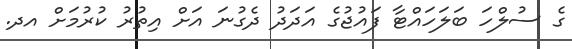
ގެ ސުލްހަ ބަލަހައްޓާ ފައުޖުގެ އަދަދު ދެގުނަ އަށް އިތުރު ކުރުމަށް އދ.